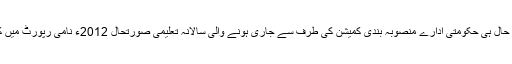
یہ انکشاف حال ہی حکومتی ادارے منصوبہ بندی کمیشن کی طرف سے جاری ہونے والی سالانہ تعلیمی صورتحال 2012ء نامی رپورٹ میں کیا گیا ہے۔